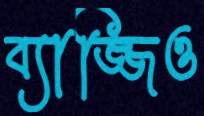
ব্যাজ্জিও